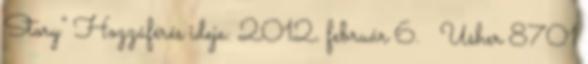
Story” Hozzáférés ideje: 2012. február 6. ↑ Usher 8701